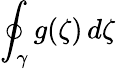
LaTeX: \oint_{\gamma}g(\zeta)\, d\zeta